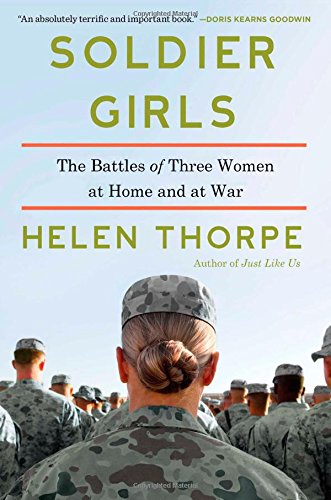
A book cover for Soldier Girls: The Battles of Three Women at Home and at War; Helen Thorpe; Parenting & Relationships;